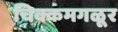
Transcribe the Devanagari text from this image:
चिक्कमगळूर